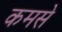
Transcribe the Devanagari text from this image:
कमसे